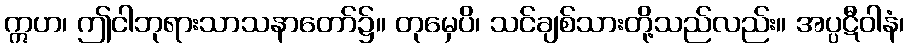
ဣဟ၊ ဤငါဘုရားသာသနာတော်၌။ တုမှေပိ၊ သင်ချစ်သားတို့သည်လည်း။ အပ္ပဋီဝါနံ၊